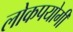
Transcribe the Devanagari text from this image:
लोकपयोगी